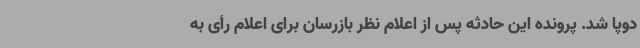
دوپا شد. پرونده این حادثه پس از اعلام نظر بازرسان برای اعلام رأی به